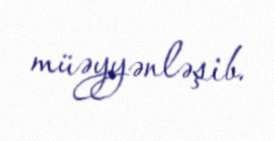
müəyyənləşib.